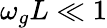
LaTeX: \omega_{g}L\ll 1